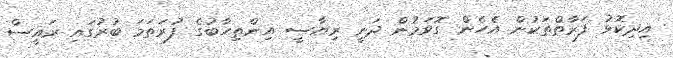
އިދިކޮޅު ފަރާތްތަކުން އެހެން ގޮވަމުން ދަނީ ރިޔާސީ އިންތިހާބުގެ ފުރަތަމަ ބުރުގައި ރައީސް